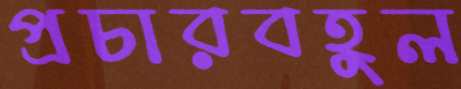
প্রচারবহুল